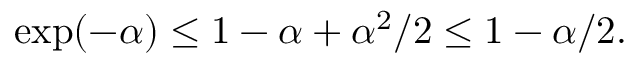
\exp ( - \alpha ) \leq 1 - \alpha + \alpha ^ { 2 } / 2 \leq 1 - \alpha / 2 .